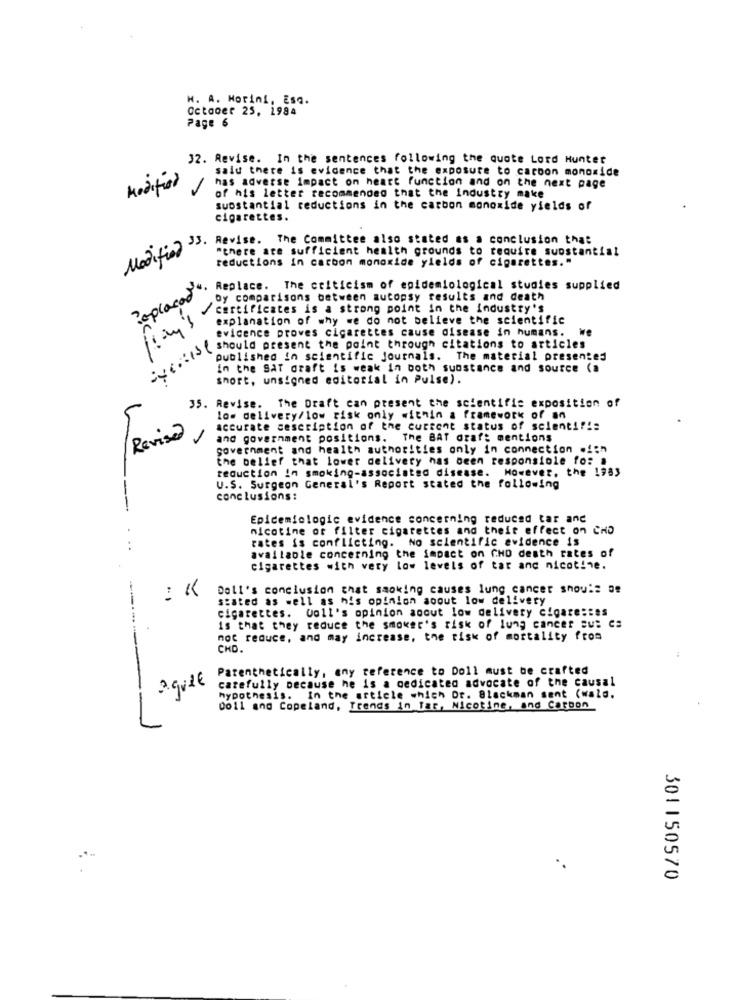
H. A. Morini, Esa.
October 25, 1984
Page 6
32. Revise. In the sentences following the quote Lord Hunter
said there is evidence that the exposure to carbon monoxide
Modifier
has adverse impact on heart function and on the next page
of his letter recommended that the industry make
substantial reductions in the carbon monoxide yields of
cigarettes.
Revise. The Committee also stated as a conclusion that
Modificar
"there are sufficient health grounds to require suostantial
reductions in carbon monoxide yields of cigarettes."
Replaced.
Replace. The criticism of epidemiological studies supplied
by comparisons between autopsy results and death
certificates is a strong point in the industry's
explanation of why we do not believe the scientific
evidence proves cigarettes cause disease in humans. we
CAR buchen present the point through citations to articles.
published in scientific journals. The material presentes
in the Sat draft is weak in both substance and source (a
short, unsigned editorial in Pulse).
35. Revise. The Draft can present the scientific exposition of
low delivery/low risk only within a framework of an
Revised
accurate description of the current status of scient !!!:
and government positions. The BAT draft mentions
government and health authorities only in connection .ich
the belief that lower delivery has been responsible fo: #
reduction in smoking-associated disease. However, the 1983
U.S. Surgeon General's Report stated the following
conclusions:
-
Epidemiologic evidence concerning reduced tar and
nicotine or filter cigarettes and their effect on CHD
rates is conflicting. No scientific evidence is
available concerning the impact on CHO death rates of
cigarettes with very low levels of tar anc nicotine.
Dell's conclusion that smoking causes lung cancer shou :: oe
stated as well as his opinion about low delivery
cigarettes. Voll's opinion aocut low delivery cigare:tes
is that they reduce the smoker's risk of lung cancer sus Ca
moc reduce, and may increase, the risk of mortality from
-
СКО.
Parenthetically, any reference to Doll must be crafted
carefully because he is a dedicated advocate of the causal
hypothesis. In the article which Dr. Blackman sent (wald.
0011 and Copeland, Trends in far, Nicotine, and Carbon
301150570